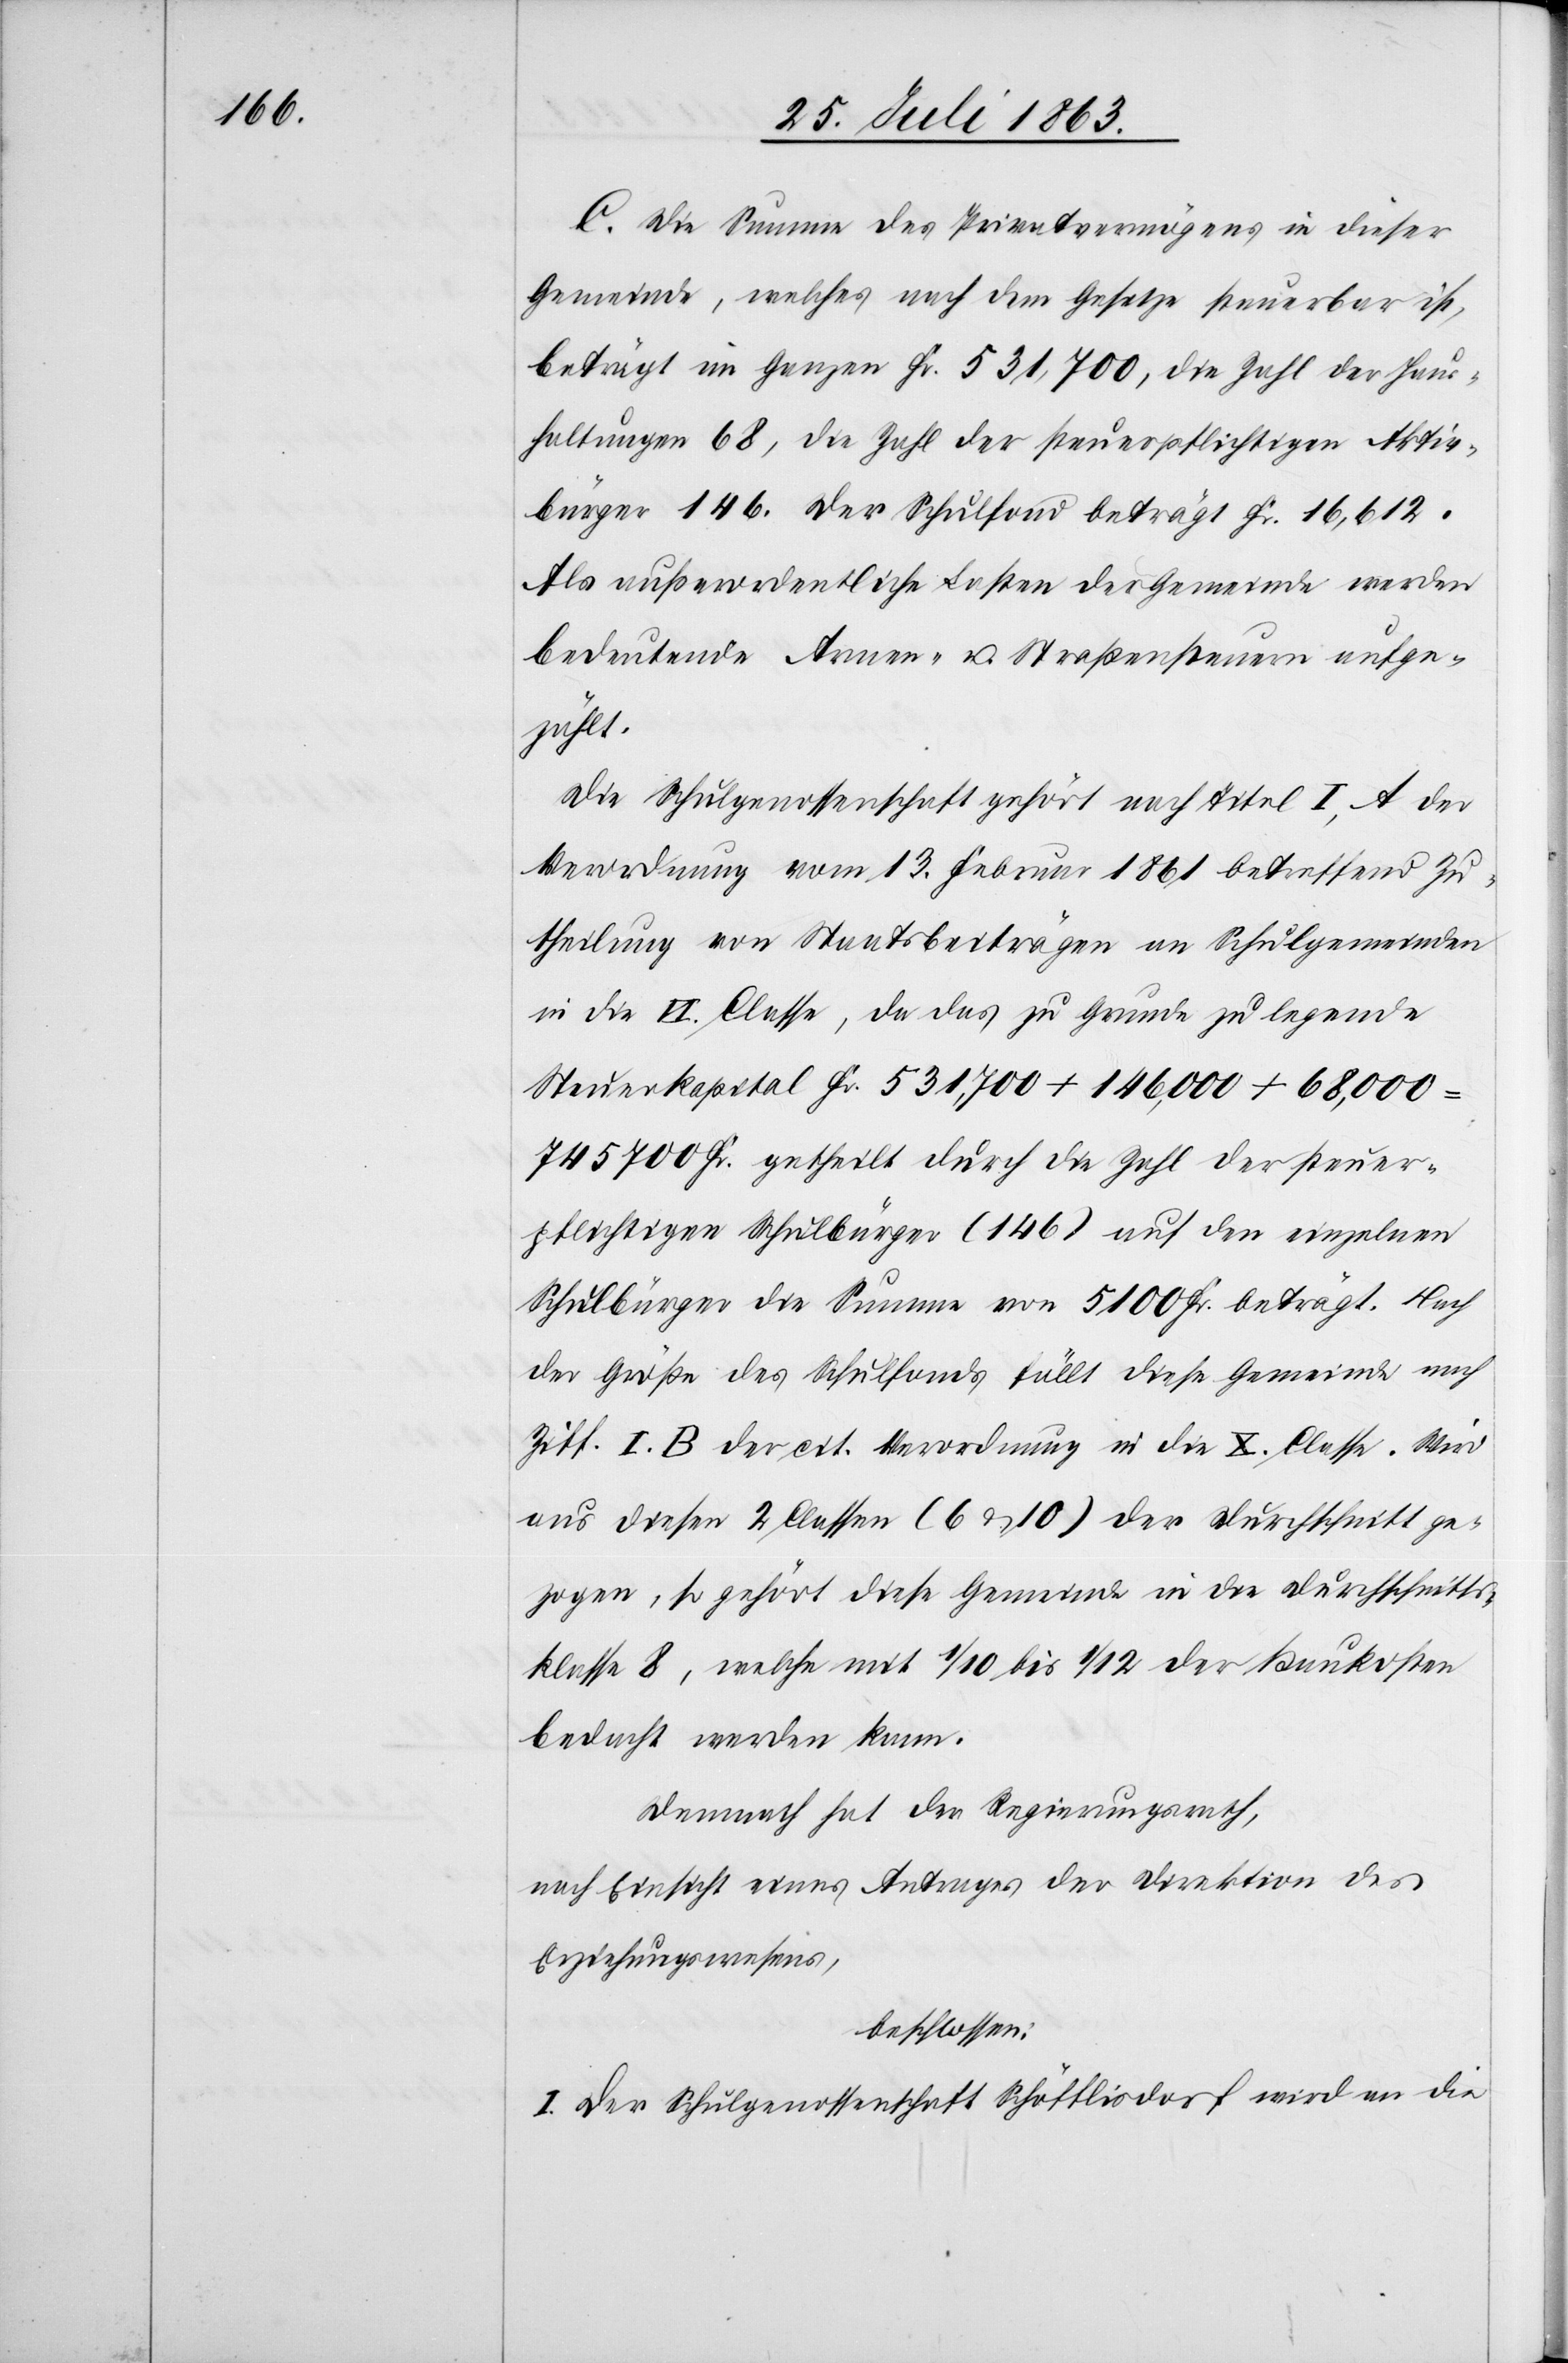
C. Die Summe des Privatvermögens in dieser
Gemeinde, welches nach dem Gesetze steuerbar ist,
beträgt im Ganzen Fr. 531,700, die Zahl der Haus¬
haltungen 68, die Zahl der steuerpflichtigen Aktiv¬
bürger 146. Der Schulfond beträgt Fr. 16,612.
Als außerordentliche Lasten der Gemeinde werden
bedeutende Armen- u. Straßensteuern aufge¬
zählt.
Die Schulgenossenschaft gehört nach Titel I) A der
Verordnung vom 13. Februar 1861 betreffend Zu¬
theilung von Staatsbeiträgen an Schulgemeinden
in die VI. Classe, da das zu Grunde zu legende
Steuerkapital Fr. 531,700 + 146,000 + 68,000
745 700 Fr. getheilt durch die Zahl der steuer¬
pflichtigen Schulbürger (146) auf den einzelnen
Schulbürger die Summe von 5100 Fr. beträgt. Nach
der Größe des Schulfonds fällt diese Gemeinde nach
Ziff. I. B der cit. Verordnung in die X. Classe. Wird
aus diesen 2 Classen (6 & 10) der Durchschnitt ge¬
zogen, so gehört diese Gemeinde in die Durchschnitts¬
klasse 8, welche mit 1/10 bis 1/12 der Baukosten
bedacht werden kann.
Demnach hat der Regierungsrath,
nach Einsicht eines Antrages der Direktion des
Erziehungswesens,
beschlossen:
I. Der Schulgenossenschaft Schöfflisdorf wird an die